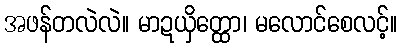
အဖန်တလဲလဲ။ မာဍယှိတ္ထော၊ မလောင်စေလင့်။